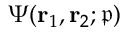
\Psi ( \mathbf { r } _ { 1 } , \mathbf { r } _ { 2 } ; \mathfrak { p } )